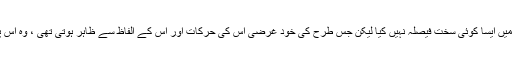
ٹینگو نے اپنے باپ کے بارے میں ایسا کوئی سخت فیصلہ نہیں کیا لیکن جس طرح کی خود غرضی اس کی حرکات اور اس کے الفاظ سے ظاہر ہوتی تھی ، وہ اس پر ترس کھائے بغیر نہ رہ سکا۔